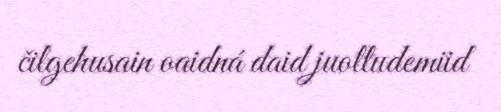
čilgehusain oaidná daid juolludemiid